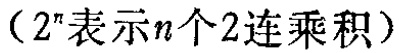
（$2^n$表示$n$个2连乘积）